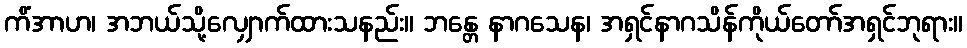
ကိံအာဟ၊ အဘယ်သို့လျှောက်ထားသနည်း။ ဘန္တေ နာဂသေန၊ အရှင်နာဂသိန်ကိုယ်တော်အရှင်ဘုရား။